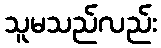
သူမသည်လည်း